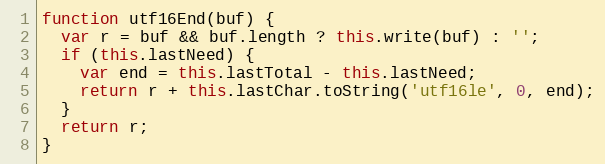
Language: JavaScript
function utf16End(buf) {
  var r = buf && buf.length ? this.write(buf) : '';
  if (this.lastNeed) {
    var end = this.lastTotal - this.lastNeed;
    return r + this.lastChar.toString('utf16le', 0, end);
  }
  return r;
}